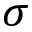
\sigma